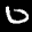
Label: 0